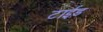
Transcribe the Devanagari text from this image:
टाईड़